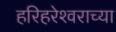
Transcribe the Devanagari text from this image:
हरिहरेश्‍वराच्या